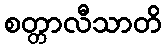
စတ္တာလီသာတိ